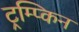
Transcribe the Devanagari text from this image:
ट्रम्प्किन